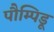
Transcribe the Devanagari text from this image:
पौम्पिडू